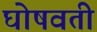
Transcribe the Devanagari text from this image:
घोषवती